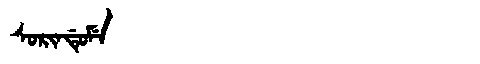
Manchu: ᠰᠣᡵᡳᠨᡩᡠᠮᡝ
Romanization: SORINDUME